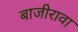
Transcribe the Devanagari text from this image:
बाजीरावा